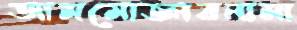
আমমোক্তারনামা